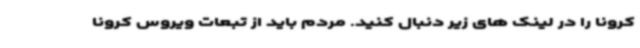
کرونا را در لینک های زیر دنبال کنید. مردم باید از تبعات ویروس کرونا